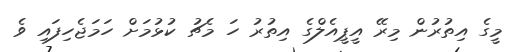
މީގެ އިތުރުން މިރޭ އީޕީއެލްގެ އިތުރު ހަ މެޗު ކުޅުމަށް ހަމަޖެހިފައި ވެ